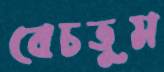
বেচতুম